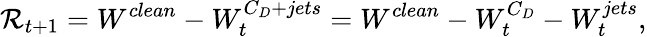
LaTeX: \mathcal{R}_{t+1}=W^{clean}-W_{t}^{C_{D}+jets}=W^{clean}-W_{t}^{C_{D}}-W_{t}^{jets},